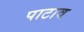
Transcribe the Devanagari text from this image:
पाटाव